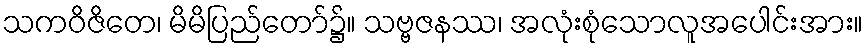
သကဝိဇိတေ၊ မိမိပြည်တော်၌။ သဗ္ဗဇနဿ၊ အလုံးစုံသောလူအပေါင်းအား။